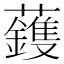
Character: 𮓈